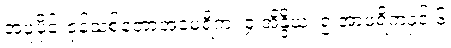
အပူပိုင်းဇုန်သစ်တောအမေရိက၊ ၄ အိန္ဒိယ၊ ၅ အာဖရိကနှင့် ၆